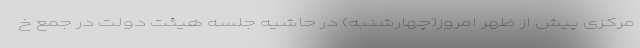
مرکزی پیش از ظهر امروز(چهارشنبه) در حاشیه جلسه هیئت دولت در جمع خ